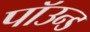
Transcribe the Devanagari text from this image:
पॉउन्ड